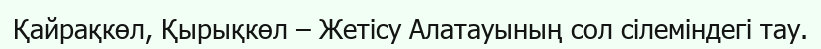
Қайрақкөл, Қырықкөл – Жетісу Алатауының сол сілеміндегі тау.